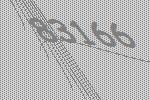
83166